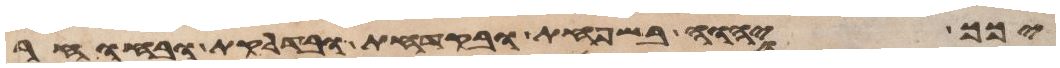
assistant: יכך יהוה בשחפת ובקדחת ובדלקת ובחרחר